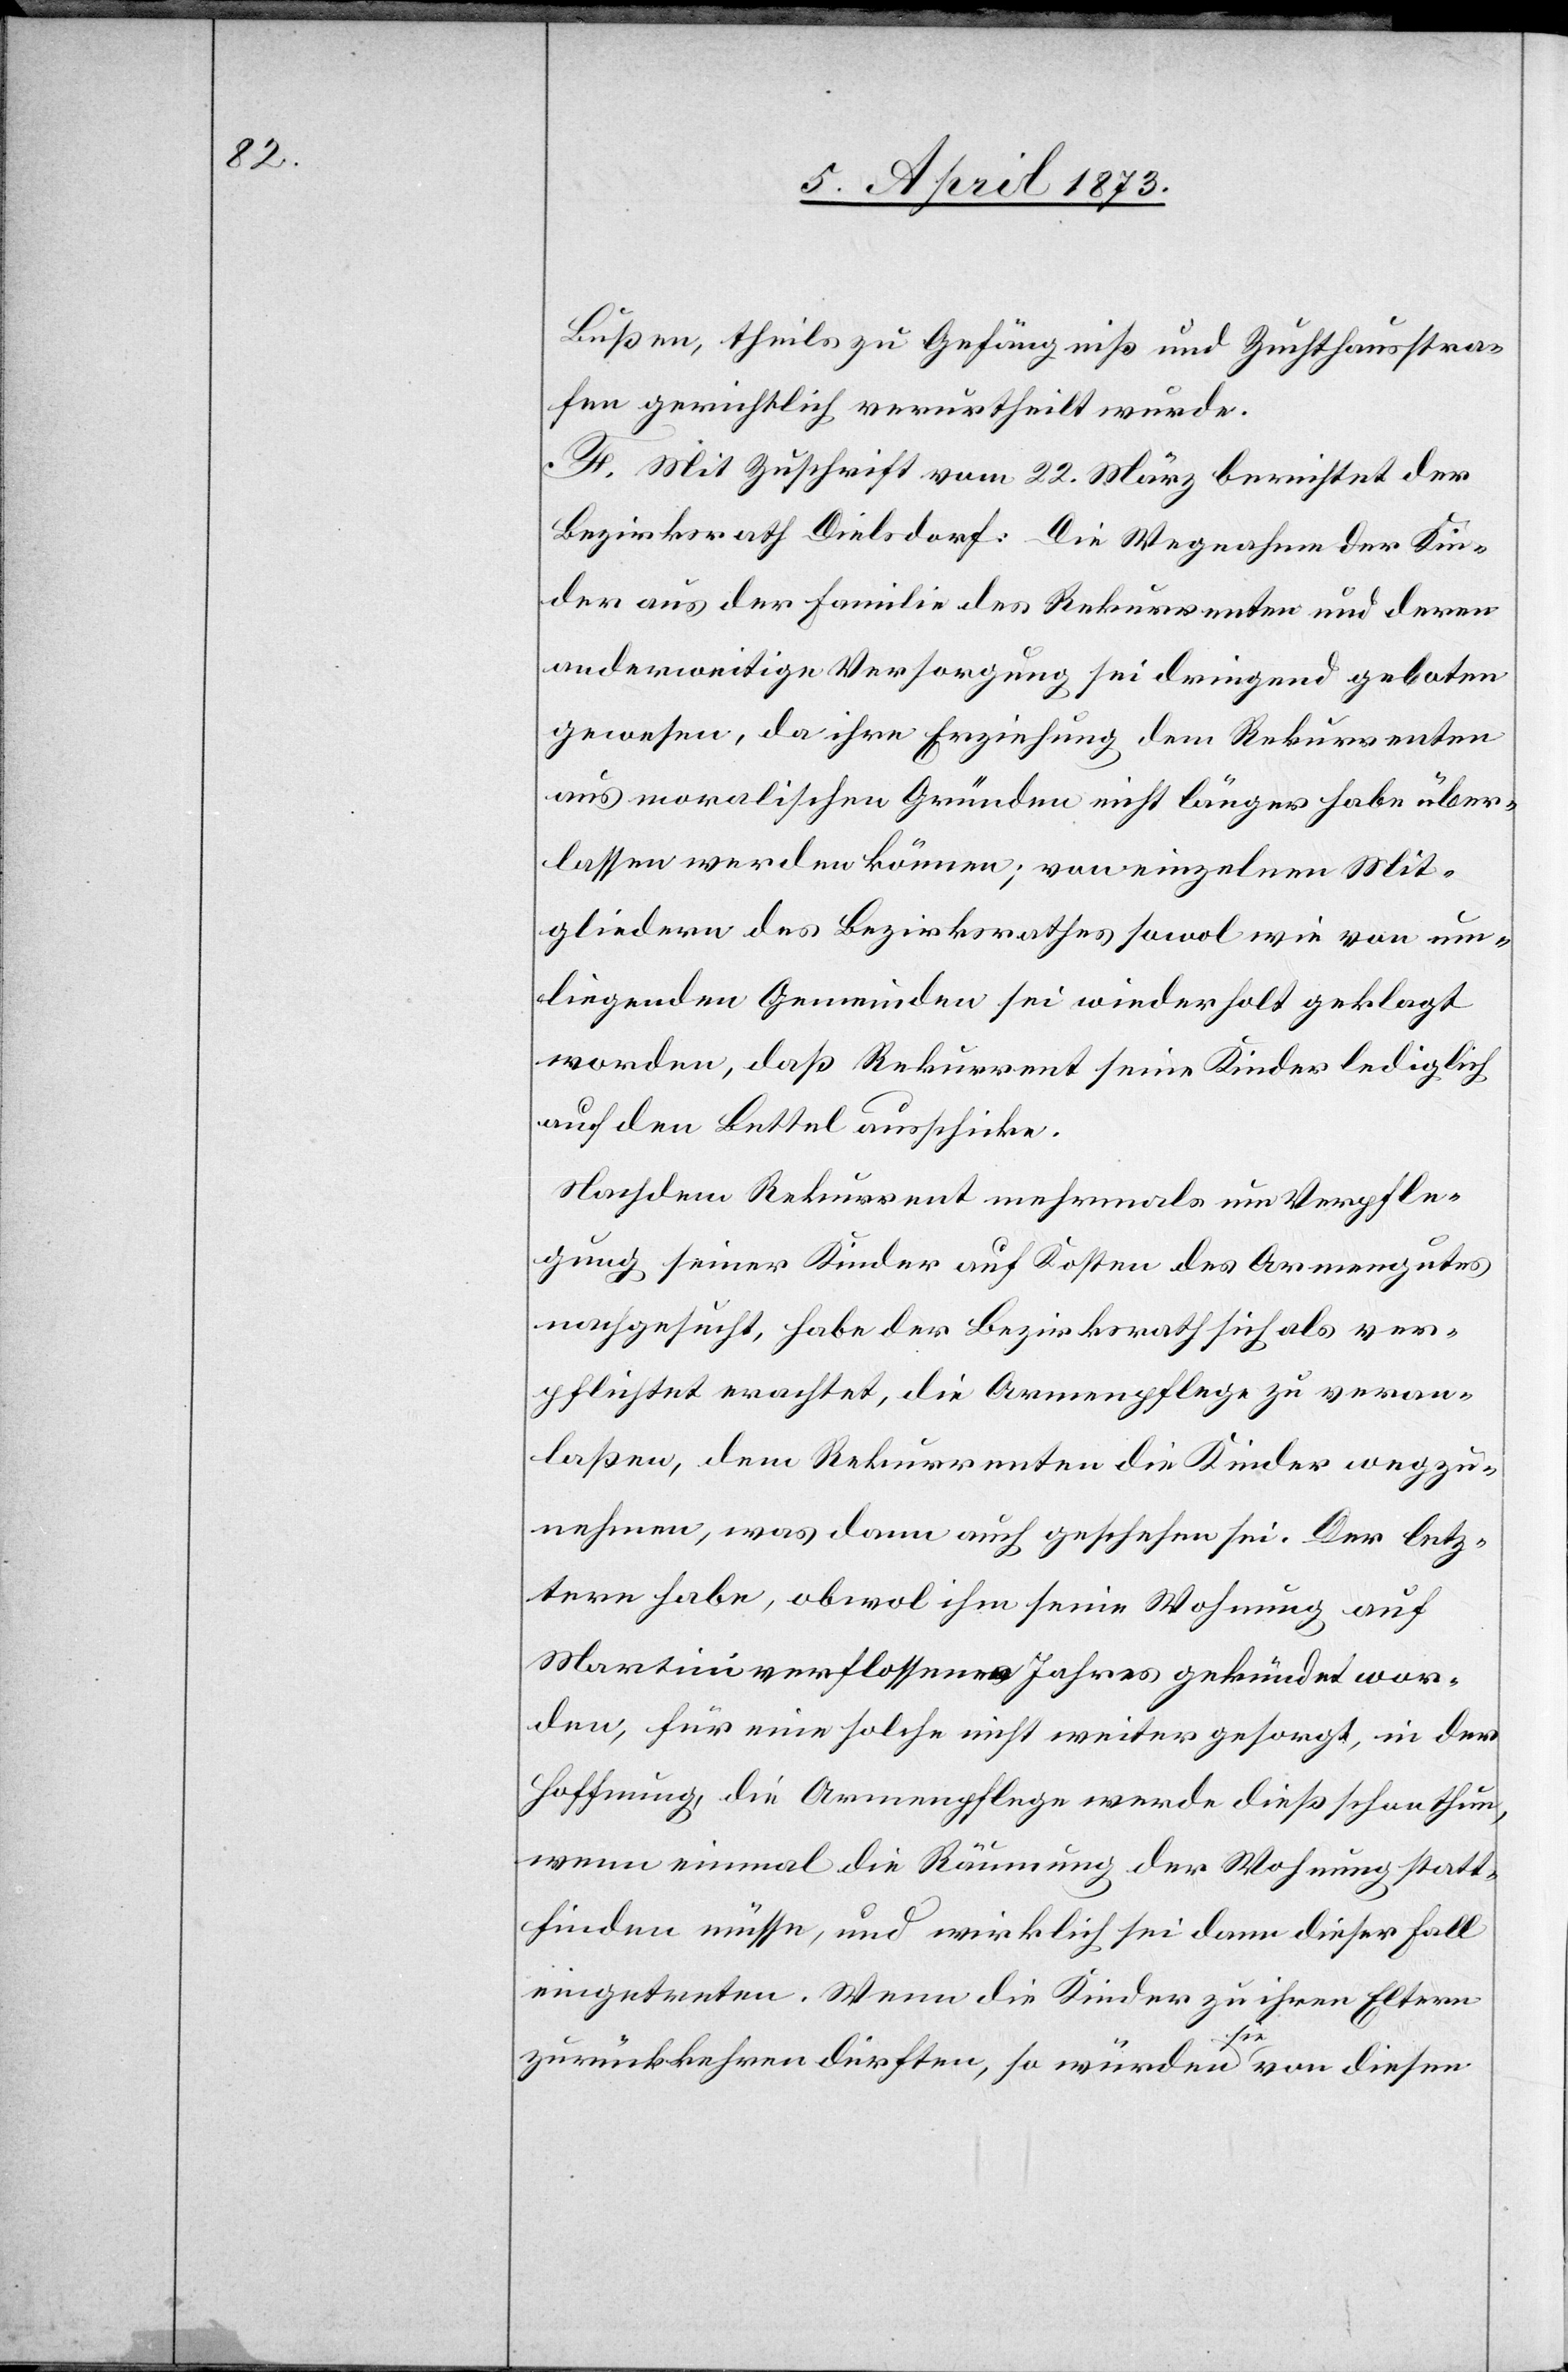
Bußen, theils zu Gefängniß und Zuchthausstra¬
fen gerichtlich verurtheilt wurde.
F. Mit Zuschrift vom 22. März berichtet der
Bezirksrath Dielsdorf: Die Wegnahme der Kin¬
der aus der Familie des Rekurrenten und deren
anderweitige Versorgung sei dringend geboten
gewesen, da ihre Erziehung dem Rekurrenten
aus moralischen Gründen nicht länger habe über¬
lassen werden können; von einzelnen Mit¬
gliedern des Bezirksrathes sowol wie von um¬
liegenden Gemeinden sei wiederholt geklagt
worden, daß Rekurrent seine Kinder lediglich
auf den Bettel ausschicke.
Nachdem Rekurrent mehrmals um Verpfle¬
gung seiner Kinder auf Kosten des Armengutes
nachgesucht, habe der Bezirksrath sich als ver¬
pflichtet erachtet, die Armenpflege zu veran¬
laßen, dem Rekurrenten die Kinder wegzu¬
nehmen, was dann auch geschehen sei. Der letz¬
tere habe, obwol ihm seine Wohnung auf
Martini verflossenen Jahres gekündet wor¬
den, für eine solche nicht weiter gesorgt, in der
Hoffnung, die Armenpflege werde dieß schon thun,
wenn einmal die Räumung der Wohnung statt¬
finden müsse, und wirklich sei dann dieser Fall
eingetreten. Wenn die Kinder zu ihren Eltern
zurückkehren dürften, so würden sie von diesen